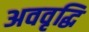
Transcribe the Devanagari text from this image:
अववृद्धि